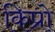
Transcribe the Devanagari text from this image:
किप्रो